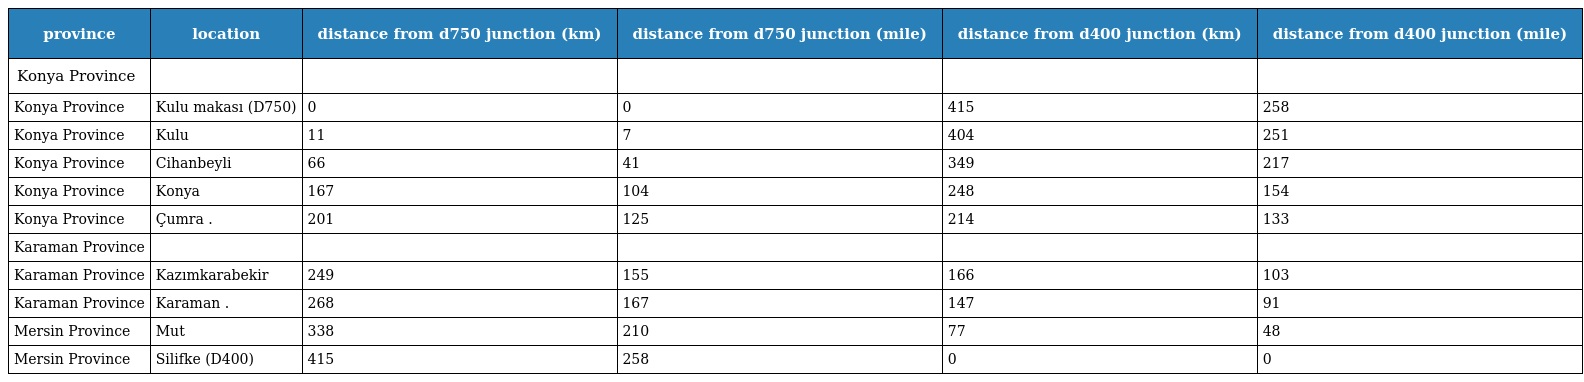
| province | location | distance from d750 junction (km) | distance from d750 junction (mile) | distance from d400 junction (km) | distance from d400 junction (mile) |
 | --- | --- | --- | --- | --- | --- |
 | Konya Province |  |  |  |  |  |
 | Konya Province | Kulu makası (D750) | 0 | 0 | 415 | 258 |
 | Konya Province | Kulu | 11 | 7 | 404 | 251 |
 | Konya Province | Cihanbeyli | 66 | 41 | 349 | 217 |
 | Konya Province | Konya | 167 | 104 | 248 | 154 |
 | Konya Province | Çumra . | 201 | 125 | 214 | 133 |
 | Karaman Province |  |  |  |  |  |
 | Karaman Province | Kazımkarabekir | 249 | 155 | 166 | 103 |
 | Karaman Province | Karaman . | 268 | 167 | 147 | 91 |
 | Mersin Province | Mut | 338 | 210 | 77 | 48 |
 | Mersin Province | Silifke (D400) | 415 | 258 | 0 | 0 |